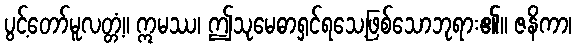
ပွင့်တော်မူလတ္တံ့။ ဣမဿ၊ ဤသုမေဓာရှင်ရသေ့ဖြစ်သောဘုရား၏။ ဇနိကာ၊